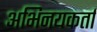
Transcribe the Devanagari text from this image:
अभिनयकर्ता